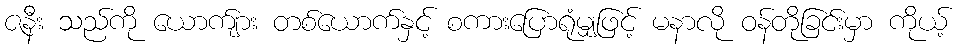
ဇနီး သည်ကို ယောက်ျား တစ်ယောက်နှင့် စကားပြောရုံမျှဖြင့် မနာလို ဝန်တိုခြင်းမှာ ကိုယ့်